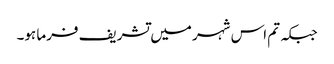
جبکہ تم اس شہر میں تشریف فرما ہو۔